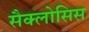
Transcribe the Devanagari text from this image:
सैक्लोसिस